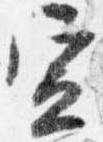
宣